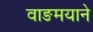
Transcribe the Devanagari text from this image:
वाङमयाने